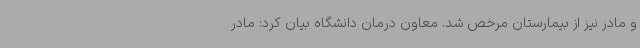
و مادر نیز از بیمارستان مرخص شد. معاون درمان دانشگاه بیان کرد: مادر